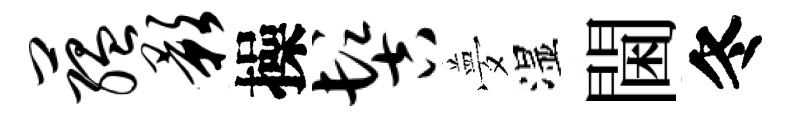
蕴影操髻夢湿閫冬